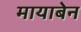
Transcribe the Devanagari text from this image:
मायाबेन